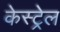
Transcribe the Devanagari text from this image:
केस्ट्रेल